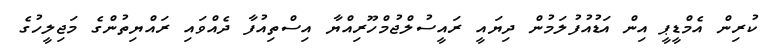
ކުރިން އެމްޑީޕީ އިން އަޑުއުފުލަމުން ދިޔައީ ރައީސުލްޖުމްހޫރިއްޔާ އިސްތިއުފާ ދެއްވައި ރައްޔިތުންގެ މަޖިލީހުގެ